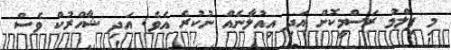
މި ފިލްމު ރަސްމީކޮށް އަދި އިއުލާނެއް ނުކުރެ އެވެ. އަދި ޝާހްރުކް ވެސް